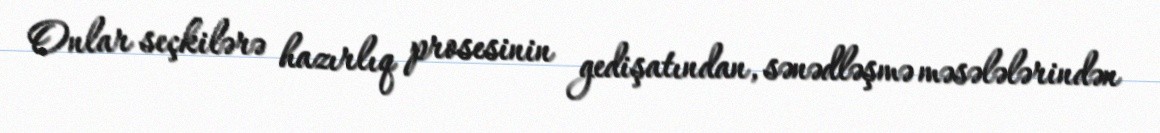
Onlar seçkilərə hazırlıq prosesinin gedişatından, sənədləşmə məsələlərindən